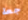
جعة